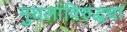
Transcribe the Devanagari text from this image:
मुघलांविरुद्धचा